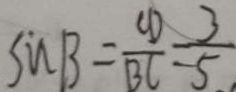
\sin B = \frac { C D } { B C } = \frac { 3 } { 5 }